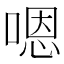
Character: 嗯